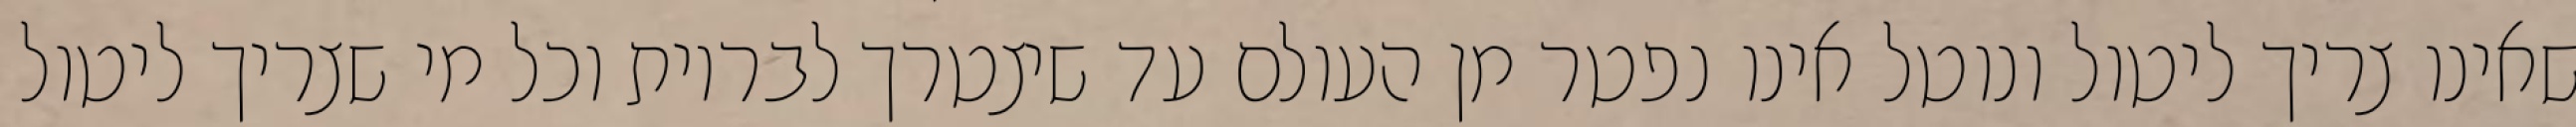
שאינו צריך ליטול ונוטל אינו נפטר מן העולם עד שיצטרך לבריות וכל מי שצריך ליטול